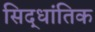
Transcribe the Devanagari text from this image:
सिद्धांतिक